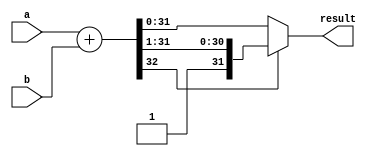
module adder32(
   result, 
   a, b
);

   input[31:0] a;
   input[31:0] b;
   output [31:0] result;
   wire [32:0] sum = {1'b0,a} + {1'b0,b};
   assign      result = sum[32] ? sum[32:1]: sum[31:0];
endmodule